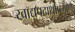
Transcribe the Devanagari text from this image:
खाद्यपदार्थांप्रमाणे